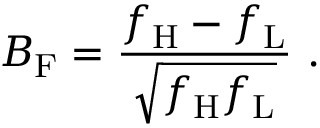
B _ { \mathrm { F } } = { \frac { f _ { \mathrm { H } } - f _ { \mathrm { L } } } { \sqrt { f _ { \mathrm { H } } f _ { \mathrm { L } } } } } \ .